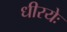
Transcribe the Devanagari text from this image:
धीरयेः